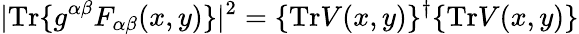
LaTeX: |\mathrm{Tr}\{ g^{\alpha\beta}F_{\alpha\beta}(x,y)\} |^{2}=\{ \mathrm{Tr}V(x,y)\} ^{\dagger}\{ \mathrm{Tr}V(x,y)\}